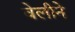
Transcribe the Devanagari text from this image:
वेलीने